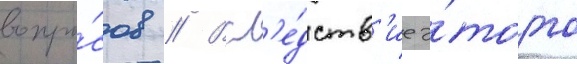
вопро́сов // Всл'е́дств'ие э́того